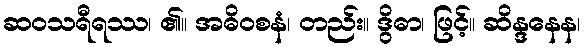
ဆဝသရီရဿ၊ ၏။ အဓိဝစနံ၊ တည်း။ ဒွိဓာ၊ ဖြင့်။ ဆိန္ဒနေန၊